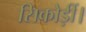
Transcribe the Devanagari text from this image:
सिकोड़ीं।